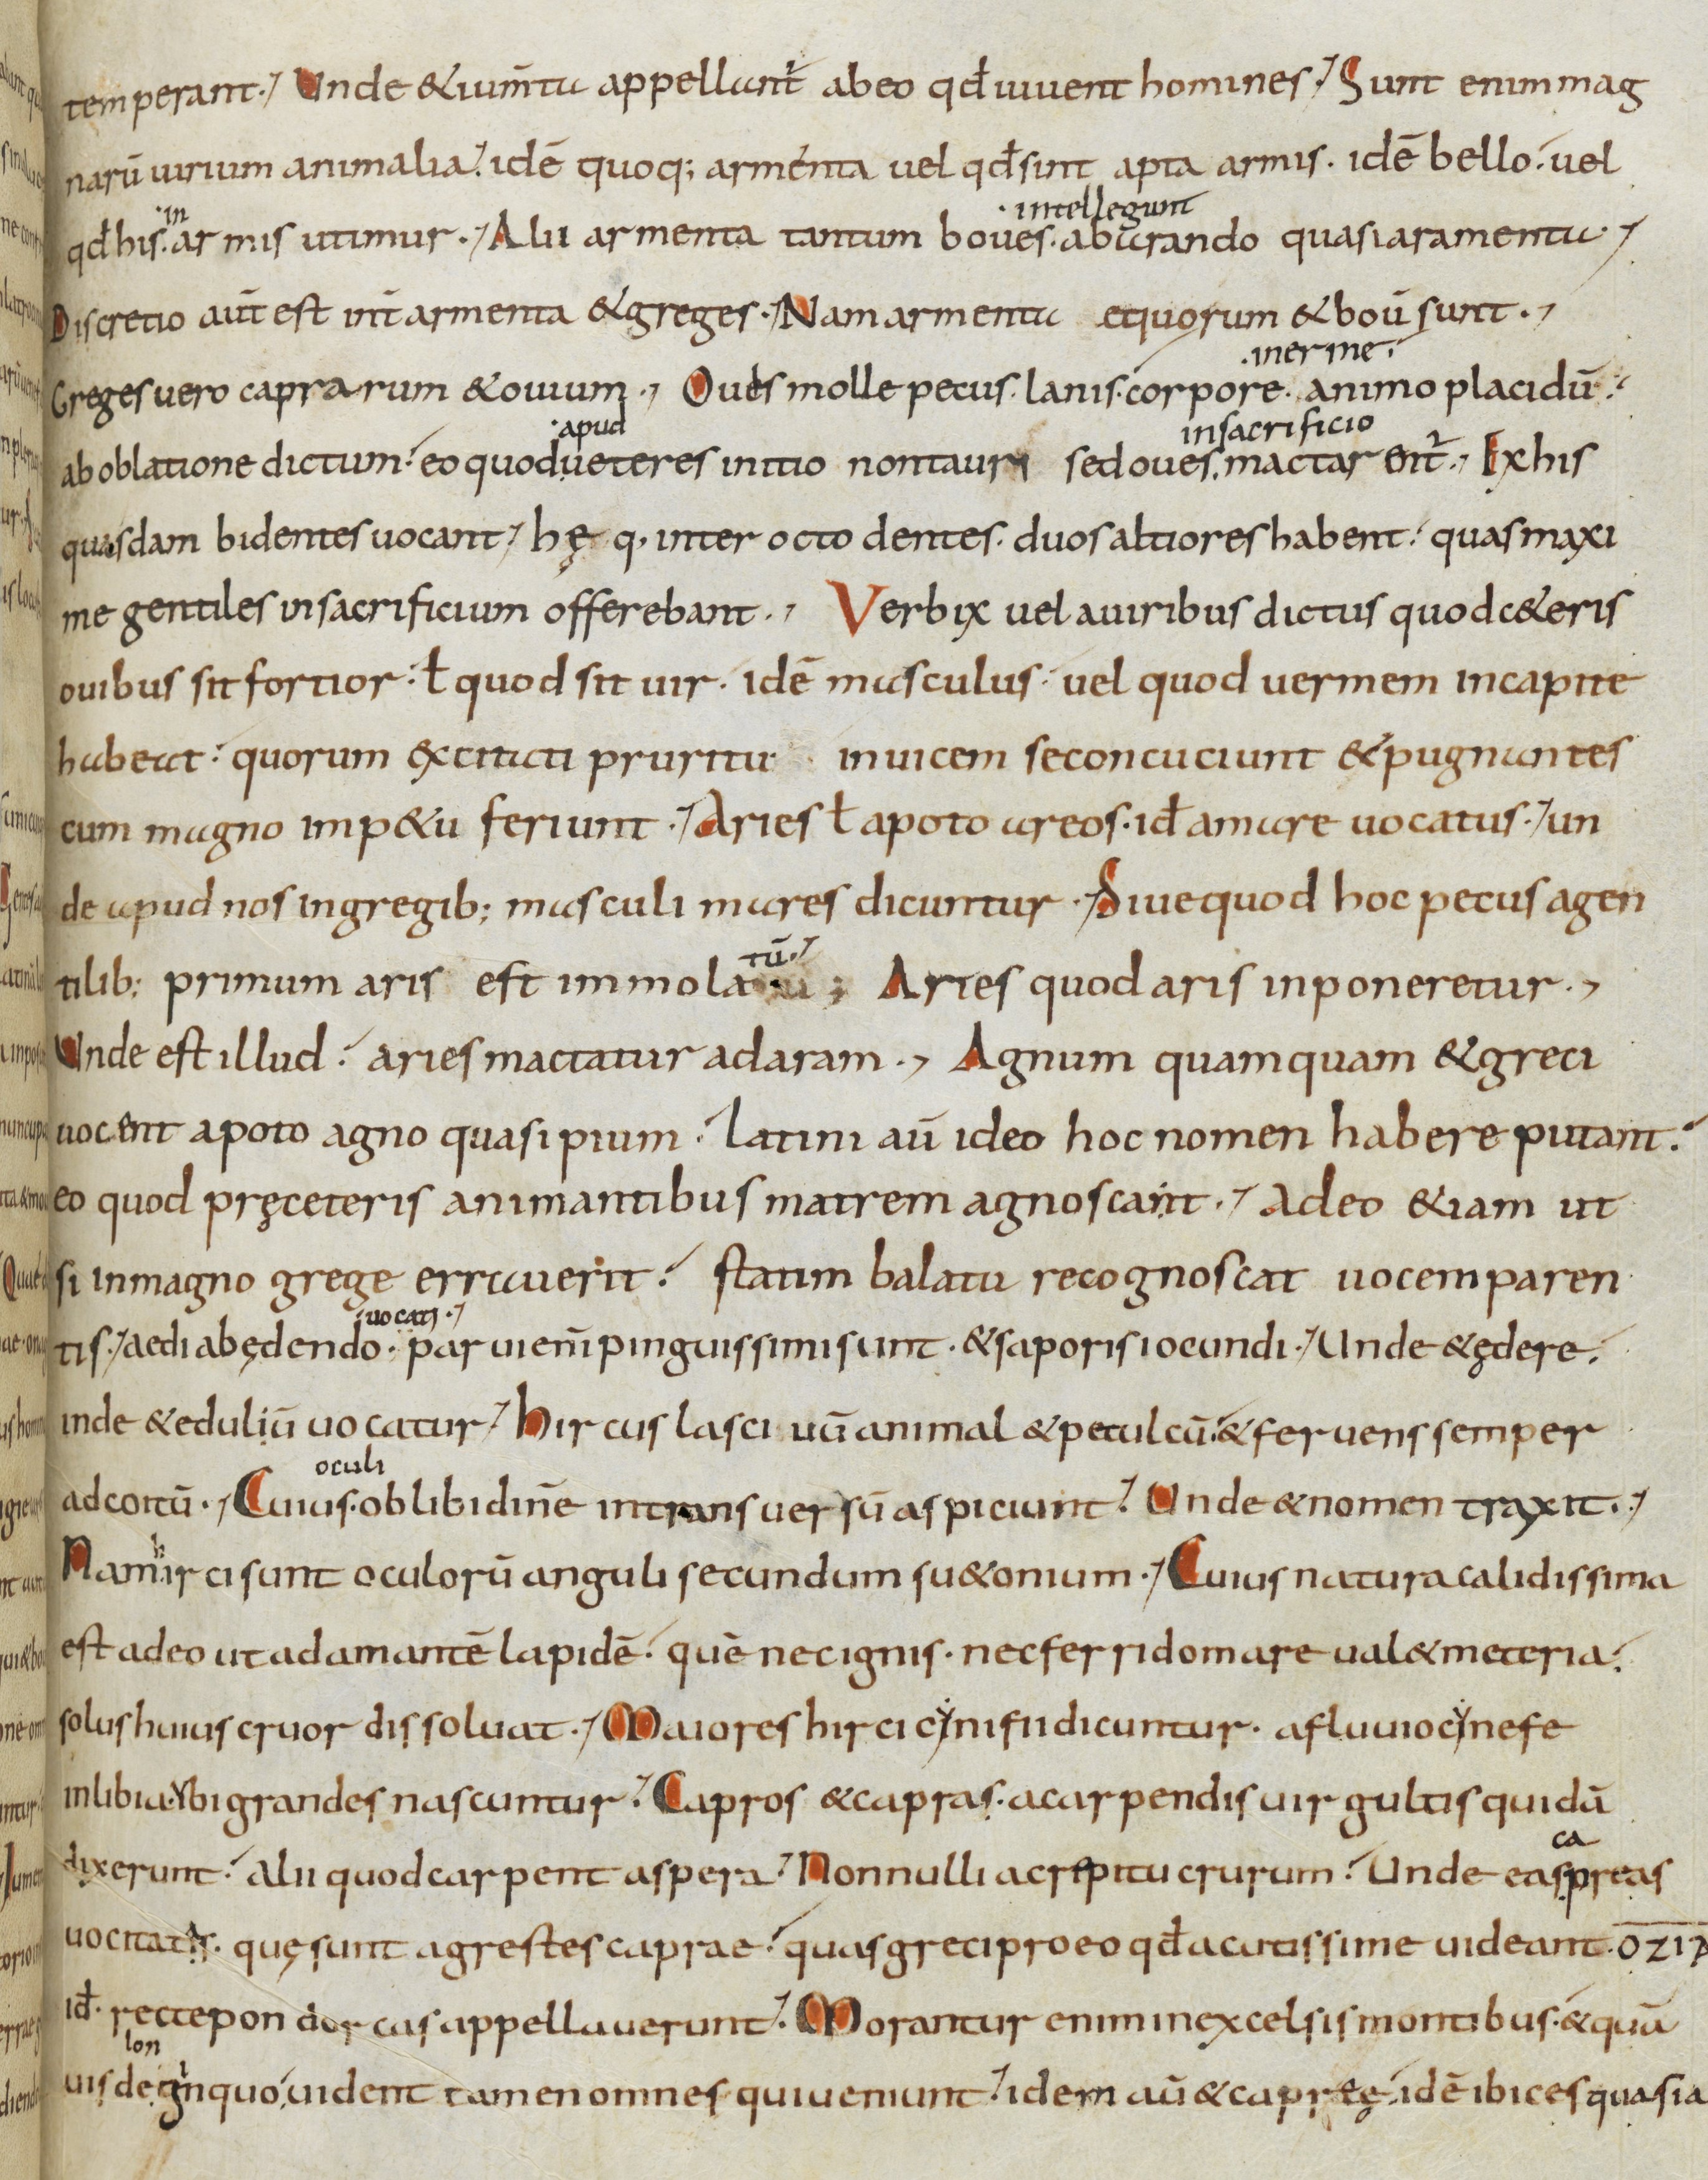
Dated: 833–865